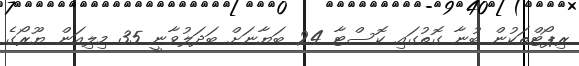
ރިޕޯޓްތަކުން ބުނާ ގޮތުގައި ކޮސްޓާ 24 ބަޔާނަށް ބަދަލުވާނީ 35 މިލިއަން ޔޫރޯގެ